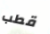
قطب